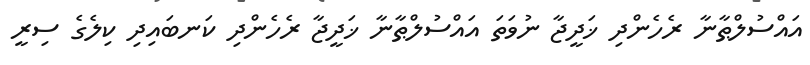
އައްސުލްޠާނާ ރެހެންދި ޚަދީޖާ ނުވަތަ އައްސުލްޠާނާ ޚަދީޖާ ރެހެންދި ކަނބައިދި ކިލެގެ ސިރީ